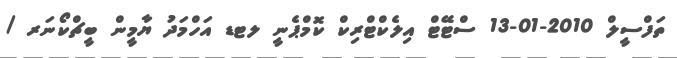
ތަފްސީލް 2010-01-13 ސްޓޭޓް އިލެކްޓްރިކް ކޮމްޕެނީ ލޓޑ އަހްމަދު ޔާމީން ބީޗްކޯނަރ /